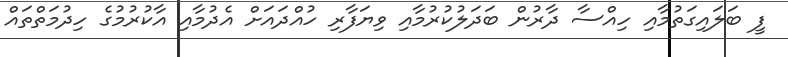
ފީ ބަލައިގަތުމާއި ހިއްސާ ދާރުން ބަދަލުކުރުމާއި ވިޔަފާރި ހުއްދައަށް އެދުމާއި އާކުރުމުގެ ހިދުމަތްތައް